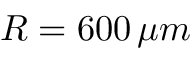
R = 6 0 0 \, \mu m